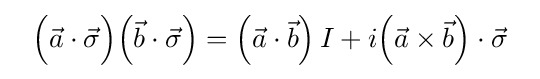
~~{\Bigl (}{\vec {a}}\cdot {\vec {\sigma }}{\Bigr )}{\Bigl (}{\vec {b}}\cdot {\vec {\sigma }}{\Bigr )}={\Bigl (}{\vec {a}}\cdot {\vec {b}}{\Bigr )}\,I+i{\Bigl (}{\vec {a}}\times {\vec {b}}{\Bigr )}\cdot {\vec {\sigma }}~~